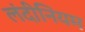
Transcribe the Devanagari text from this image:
लंदीनियम